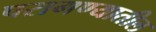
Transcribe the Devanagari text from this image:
परागण्यातील